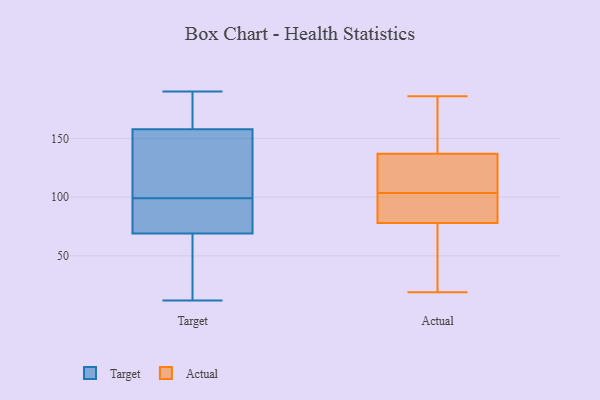
{"axis": {"x": "LTV (USD)", "y": "Value"}, "legend": ["Actual", "Target"], "data": [{"x": "", "y": 26, "type": "Target"}, {"x": "", "y": 12, "type": "Target"}, {"x": "", "y": 158, "type": "Target"}, {"x": "", "y": 104, "type": "Target"}, {"x": "", "y": 124, "type": "Target"}, {"x": "", "y": 180, "type": "Target"}, {"x": "", "y": 159, "type": "Target"}, {"x": "", "y": 190, "type": "Target"}, {"x": "", "y": 134, "type": "Target"}, {"x": "", "y": 71, "type": "Target"}, {"x": "", "y": 25, "type": "Target"}, {"x": "", "y": 80, "type": "Target"}, {"x": "", "y": 94, "type": "Target"}, {"x": "", "y": 69, "type": "Target"}, {"x": "", "y": 177, "type": "Actual"}, {"x": "", "y": 137, "type": "Actual"}, {"x": "", "y": 122, "type": "Actual"}, {"x": "", "y": 109, "type": "Actual"}, {"x": "", "y": 186, "type": "Actual"}, {"x": "", "y": 82, "type": "Actual"}, {"x": "", "y": 78, "type": "Actual"}, {"x": "", "y": 76, "type": "Actual"}, {"x": "", "y": 98, "type": "Actual"}, {"x": "", "y": 19, "type": "Actual"}]}